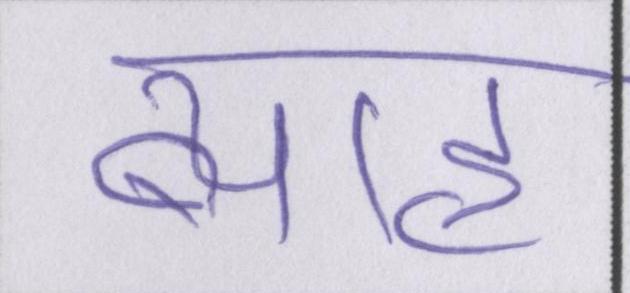
ब्याह